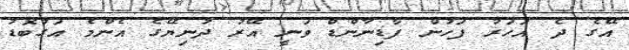
އޭގެ ދެ އަހަރު ފަހުން ފާޑިނާންޑް ވަނީ އޭރު ދުނިޔޭގެ އެންމެ އަގުބޮޑު